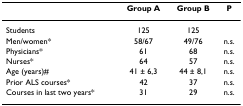
|  | Group A | Group B | P |
 | --- | --- | --- | --- |
 | Students | 125 | 125 |  |
 | Men/women* | 58/67 | 49/76 | n.s. |
 | Physicians* | 61 | 68 | n.s. |
 | Nurses* | 64 | 57 | n.s. |
 | Age (years)# | 41 ± 6,3 | 44 ± 8,1 | n.s. |
 | Prior ALS courses* | 42 | 37 | n.s. |
 | Courses in last two years* | 31 | 29 | n.s. |